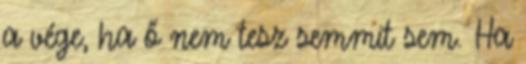
a vége, ha ő nem tesz semmit sem. Ha